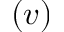
( v )